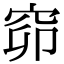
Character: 窌